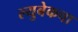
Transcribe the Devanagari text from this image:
ल्युबेकचा